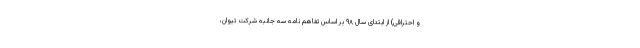
و احتراقی) از ابتدای سال ۹۸ بر اساس تفاهم نامه سه جانبه شرکت تیوان،